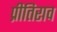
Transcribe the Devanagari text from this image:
प्रीतिराव